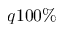
q 1 0 0 \%